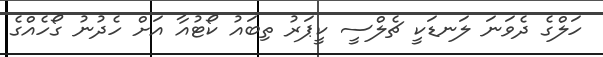
ހަލްގެ ދެވަނަ ލަނޑަކީ ޗެލްސީ ކީޕަރު ތިބައު ކޯޓުއާ އަށް ހެދުނު ގޯހެއްގެ